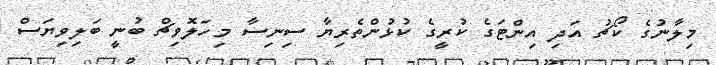
މިލާނުގެ ކޯޗު އަދި އިންޓަގެ ކުރީގެ ކުޅުންތެރިޔާ ސިނިސާ މިހަލޮވިޗް ބުނީ ބަލިވިޔަސް